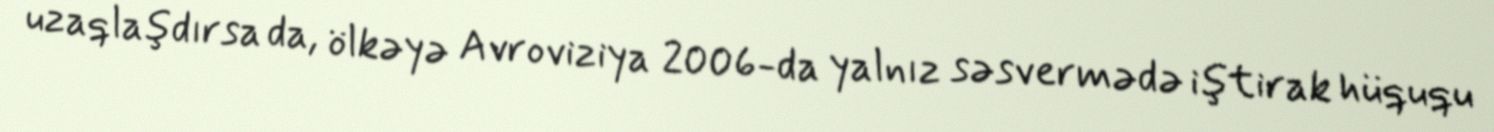
uzaqlaşdırsa da, ölkəyə Avroviziya 2006-da yalnız səsvermədə iştirak hüququ